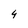
Character: 4